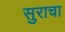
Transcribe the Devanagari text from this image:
सुराचा